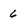
Character: 6